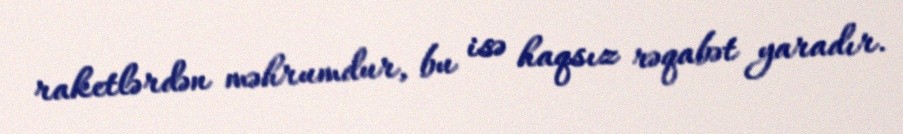
raketlərdən məhrumdur, bu isə haqsız rəqabət yaradır.